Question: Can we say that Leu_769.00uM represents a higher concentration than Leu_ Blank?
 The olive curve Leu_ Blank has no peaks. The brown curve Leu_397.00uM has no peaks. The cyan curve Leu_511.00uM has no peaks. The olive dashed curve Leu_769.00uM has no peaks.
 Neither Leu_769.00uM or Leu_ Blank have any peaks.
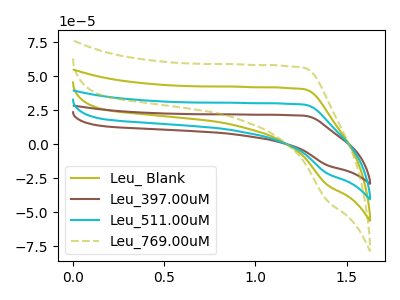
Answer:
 <answer>I cant tell if "Leu_769.00uM" or "Leu_ Blank" has higher concentration.</answer>
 <eval>mixed_concentration</eval>